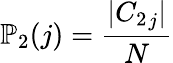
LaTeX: \mathbb{P}_{2}(j)=\frac{|{C_{2}}_{j}|}{N}